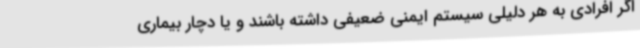
اگر افرادی به هر دلیلی سیستم ایمنی ضعیفی داشته باشند و یا دچار بیماری